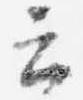
云